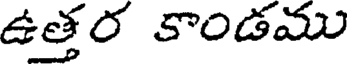
ఉత్తర కాండము